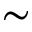
\sim